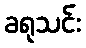
ခရုသင်း